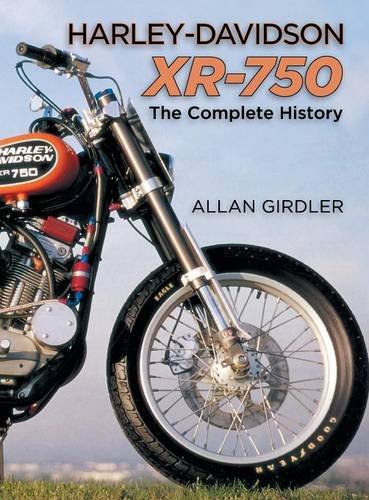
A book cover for Harley-Davidson Xr-750; Allan Girdler; Arts & Photography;